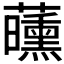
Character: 𬟝